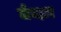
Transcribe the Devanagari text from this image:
जेन्हाए